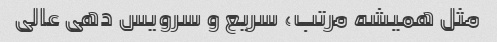
مثل همیشه مرتب، سریع و سرویس دهی عالی